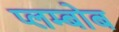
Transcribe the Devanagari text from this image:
प्लम्बोब